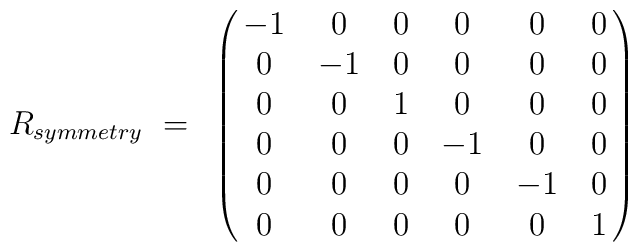
R_{symmetry}~=~\left (\matrix{ -1 & 0 & 0 & 0 & 0 & 0 \cr 0 & -1 & 0 & 0 & 0& 0 \cr 0 & 0   & 1 & 0 & 0 & 0 \cr 0 & 0 & 0 & -1 & 0 & 0 \cr 0 & 0 & 0 & 0 & -1   & 0 \cr 0 & 0 & 0 & 0 & 0 & 1 \cr  } \right )